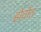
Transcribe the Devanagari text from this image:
होतोत